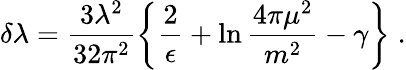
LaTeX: \delta\lambda=\frac{3\lambda^{2}}{32\pi^{2}}\left\{ \frac{2}{\epsilon}+\ln{\frac{4\pi\mu^{2}}{m^{2}}}-\gamma\right\} \; .